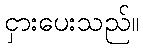
ငှားပေးသည်။